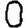
Digit: 0